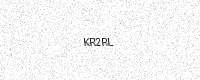
Text: KR2RL